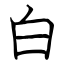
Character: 白